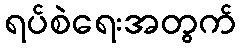
ရပ်စဲရေးအတွက်